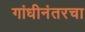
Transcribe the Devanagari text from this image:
गांधीनंतरचा